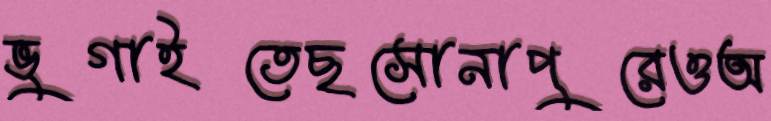
ভুগাইতেছসোনাপুরেওঅ